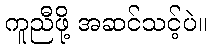
ကူညီဖို့ အဆင်သင့်ပဲ။